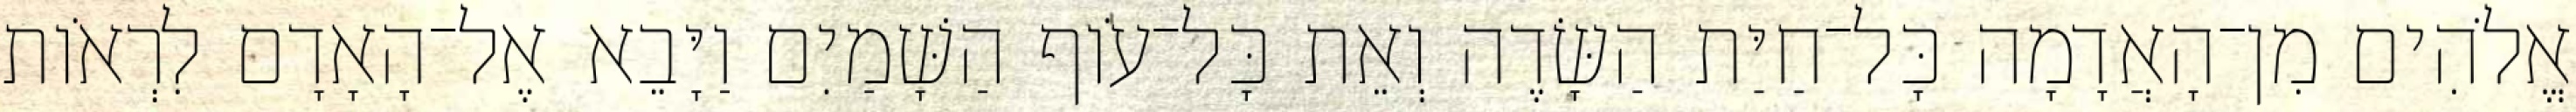
אֱלֹהִים מִן־הָאֲדָמָה כָּל־חַיַּת הַשָּׂדֶה וְאֵת כָּל־עֹוף הַשָּׁמַיִם וַיָּבֵא אֶל־הָאָדָם לִרְאֹות